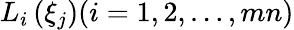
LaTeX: L_{i}\left(\xi_{j}\right)(i=1,2,\ldots,mn)